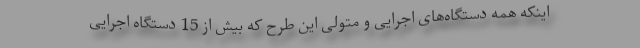
اینکه همه دستگاه‌های اجرایی و متولی این طرح که بیش از 15 دستگاه اجرایی